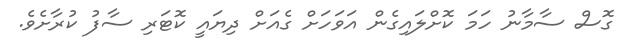
ގޮސް ސާމާނު ހަމަ ކޮށްލައިގެން އަވަހަށް ގެއަށް ދިޔައީ ކޮޓަރި ސާފު ކުރާށެވެ.